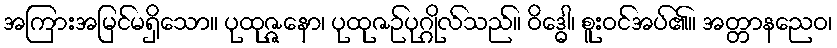
အကြားအမြင်မရှိသော။ ပုထုဇ္ဇနော၊ ပုထုဇဉ်ပုဂ္ဂိုလ်သည်။ ဝိဒ္ဓေါ၊ စူးဝင်အပ်၏။ အတ္တာနညေဝ၊